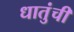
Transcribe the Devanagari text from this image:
धातुंची